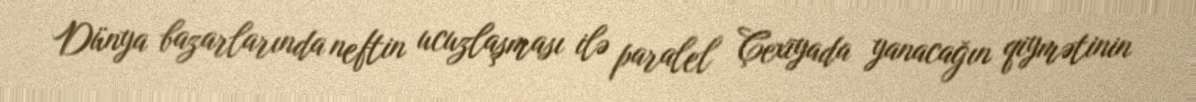
Dünya bazarlarında neftin ucuzlaşması ilə paralel Çexiyada yanacağın qiymətinin